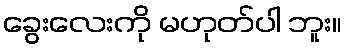
ခွေးလေးကို မဟုတ်ပါ ဘူး။